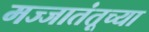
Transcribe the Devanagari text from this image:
मज्जातंतूच्या